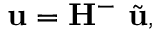
\mathbf { u } = \mathbf { H } ^ { - } \ \tilde { \mathbf { u } } ,